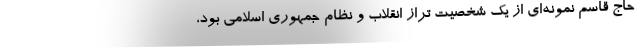
حاج قاسم نمونه‌ای از یک شخصیت تراز انقلاب و نظام جمهوری اسلامی بود،